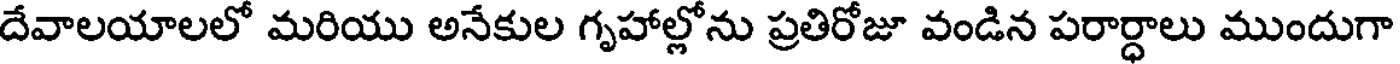
దేవాలయాలలో మరియు అనేకుల గృహాల్లోను ప్రతిరోజూ వండిన పరార్ధాలు ముందుగా